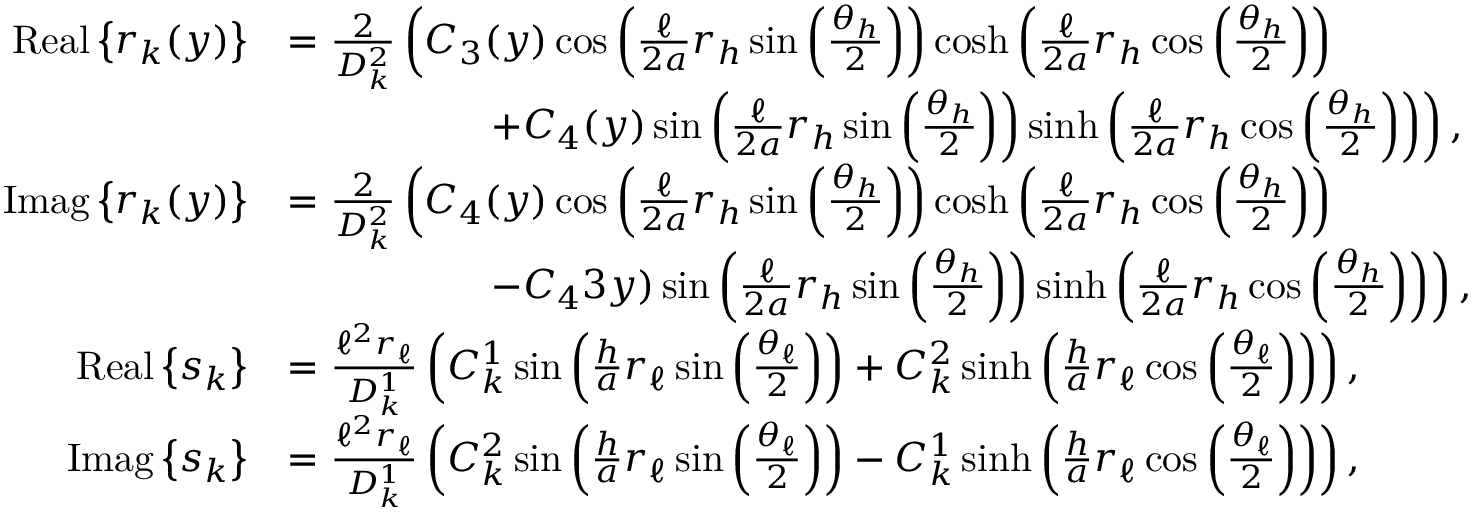
\begin{array} { r l } { \mathrm { R e a l } \left\{ r _ { k } ( y ) \right\} } & { = \frac { 2 } { D _ { k } ^ { 2 } } \left( C _ { 3 } ( y ) \cos \left( \frac { \ell } { 2 a } r _ { h } \sin \left( \frac { \theta _ { h } } { 2 } \right) \right) \cosh \left( \frac { \ell } { 2 a } r _ { h } \cos \left( \frac { \theta _ { h } } { 2 } \right) \right) \right. } \\ & { \quad \quad \quad \quad \quad \left. + C _ { 4 } ( y ) \sin \left( \frac { \ell } { 2 a } r _ { h } \sin \left( \frac { \theta _ { h } } { 2 } \right) \right) \sinh \left( \frac { \ell } { 2 a } r _ { h } \cos \left( \frac { \theta _ { h } } { 2 } \right) \right) \right) , } \\ { \mathrm { I m a g } \left\{ r _ { k } ( y ) \right\} } & { = \frac { 2 } { D _ { k } ^ { 2 } } \left( C _ { 4 } ( y ) \cos \left( \frac { \ell } { 2 a } r _ { h } \sin \left( \frac { \theta _ { h } } { 2 } \right) \right) \cosh \left( \frac { \ell } { 2 a } r _ { h } \cos \left( \frac { \theta _ { h } } { 2 } \right) \right) \right. } \\ & { \quad \quad \quad \quad \quad \left. - C _ { 4 } 3 y ) \sin \left( \frac { \ell } { 2 a } r _ { h } \sin \left( \frac { \theta _ { h } } { 2 } \right) \right) \sinh \left( \frac { \ell } { 2 a } r _ { h } \cos \left( \frac { \theta _ { h } } { 2 } \right) \right) \right) , } \\ { \mathrm { R e a l } \left\{ s _ { k } \right\} } & { = \frac { \ell ^ { 2 } r _ { \ell } } { D _ { k } ^ { 1 } } \left( C _ { k } ^ { 1 } \sin \left( \frac { h } { a } r _ { \ell } \sin \left( \frac { \theta _ { \ell } } { 2 } \right) \right) + C _ { k } ^ { 2 } \sinh \left( \frac { h } { a } r _ { \ell } \cos \left( \frac { \theta _ { \ell } } { 2 } \right) \right) \right) , } \\ { \mathrm { I m a g } \left\{ s _ { k } \right\} } & { = \frac { \ell ^ { 2 } r _ { \ell } } { D _ { k } ^ { 1 } } \left( C _ { k } ^ { 2 } \sin \left( \frac { h } { a } r _ { \ell } \sin \left( \frac { \theta _ { \ell } } { 2 } \right) \right) - C _ { k } ^ { 1 } \sinh \left( \frac { h } { a } r _ { \ell } \cos \left( \frac { \theta _ { \ell } } { 2 } \right) \right) \right) , } \end{array}